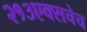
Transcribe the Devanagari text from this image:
२१३एक्सचेच